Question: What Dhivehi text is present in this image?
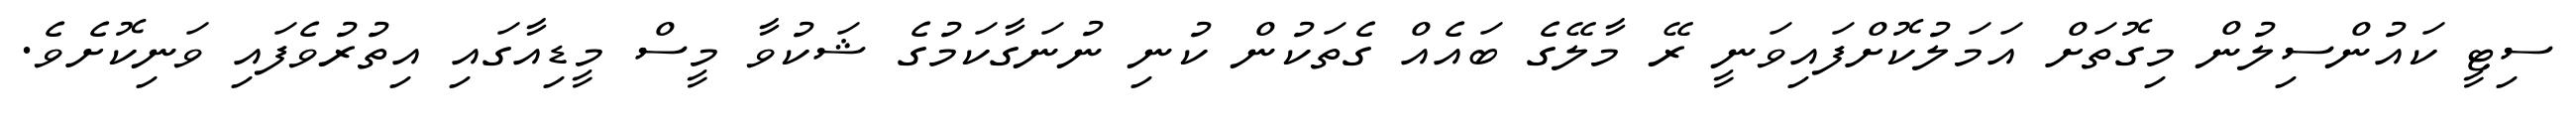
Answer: ސިޓީ ކައުންސިލުން މިގޮތަށް އަމަލުކޮށްފައިވަނީ ރޭ މާލޭގެ ބައެއް ގެތަކުން ކުނި ނުނަގާކަމުގެ ޝަކުވާ މީސް މީޑިއާގައި އިތުރުވެފައި ވަނިކޮށެވެ.